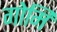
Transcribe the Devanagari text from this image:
गोमि